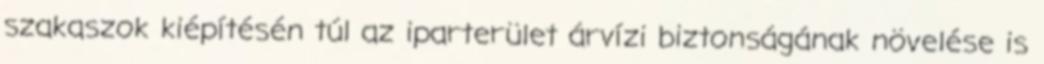
szakaszok kiépítésén túl az iparterület árvízi biztonságának növelése is